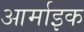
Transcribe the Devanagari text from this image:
आर्माइक